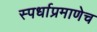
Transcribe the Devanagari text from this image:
स्पर्धाप्रमाणेच